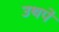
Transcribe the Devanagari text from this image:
उथपे